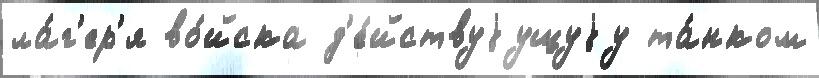
ла́г'ер'я во́йска д'е́йствуjущуjу та́нком